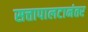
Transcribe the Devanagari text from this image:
सत्तापालटानंतर